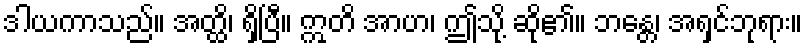
ဒါယကာသည်။ အတ္ထိ၊ ရှိပြီ။ ဣတိ အာဟ၊ ဤသို့ ဆို၏။ ဘန္တေ၊ အရှင်ဘုရား။